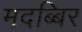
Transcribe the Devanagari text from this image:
मदब्बिर